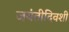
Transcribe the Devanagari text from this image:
जयंतीदिवशी